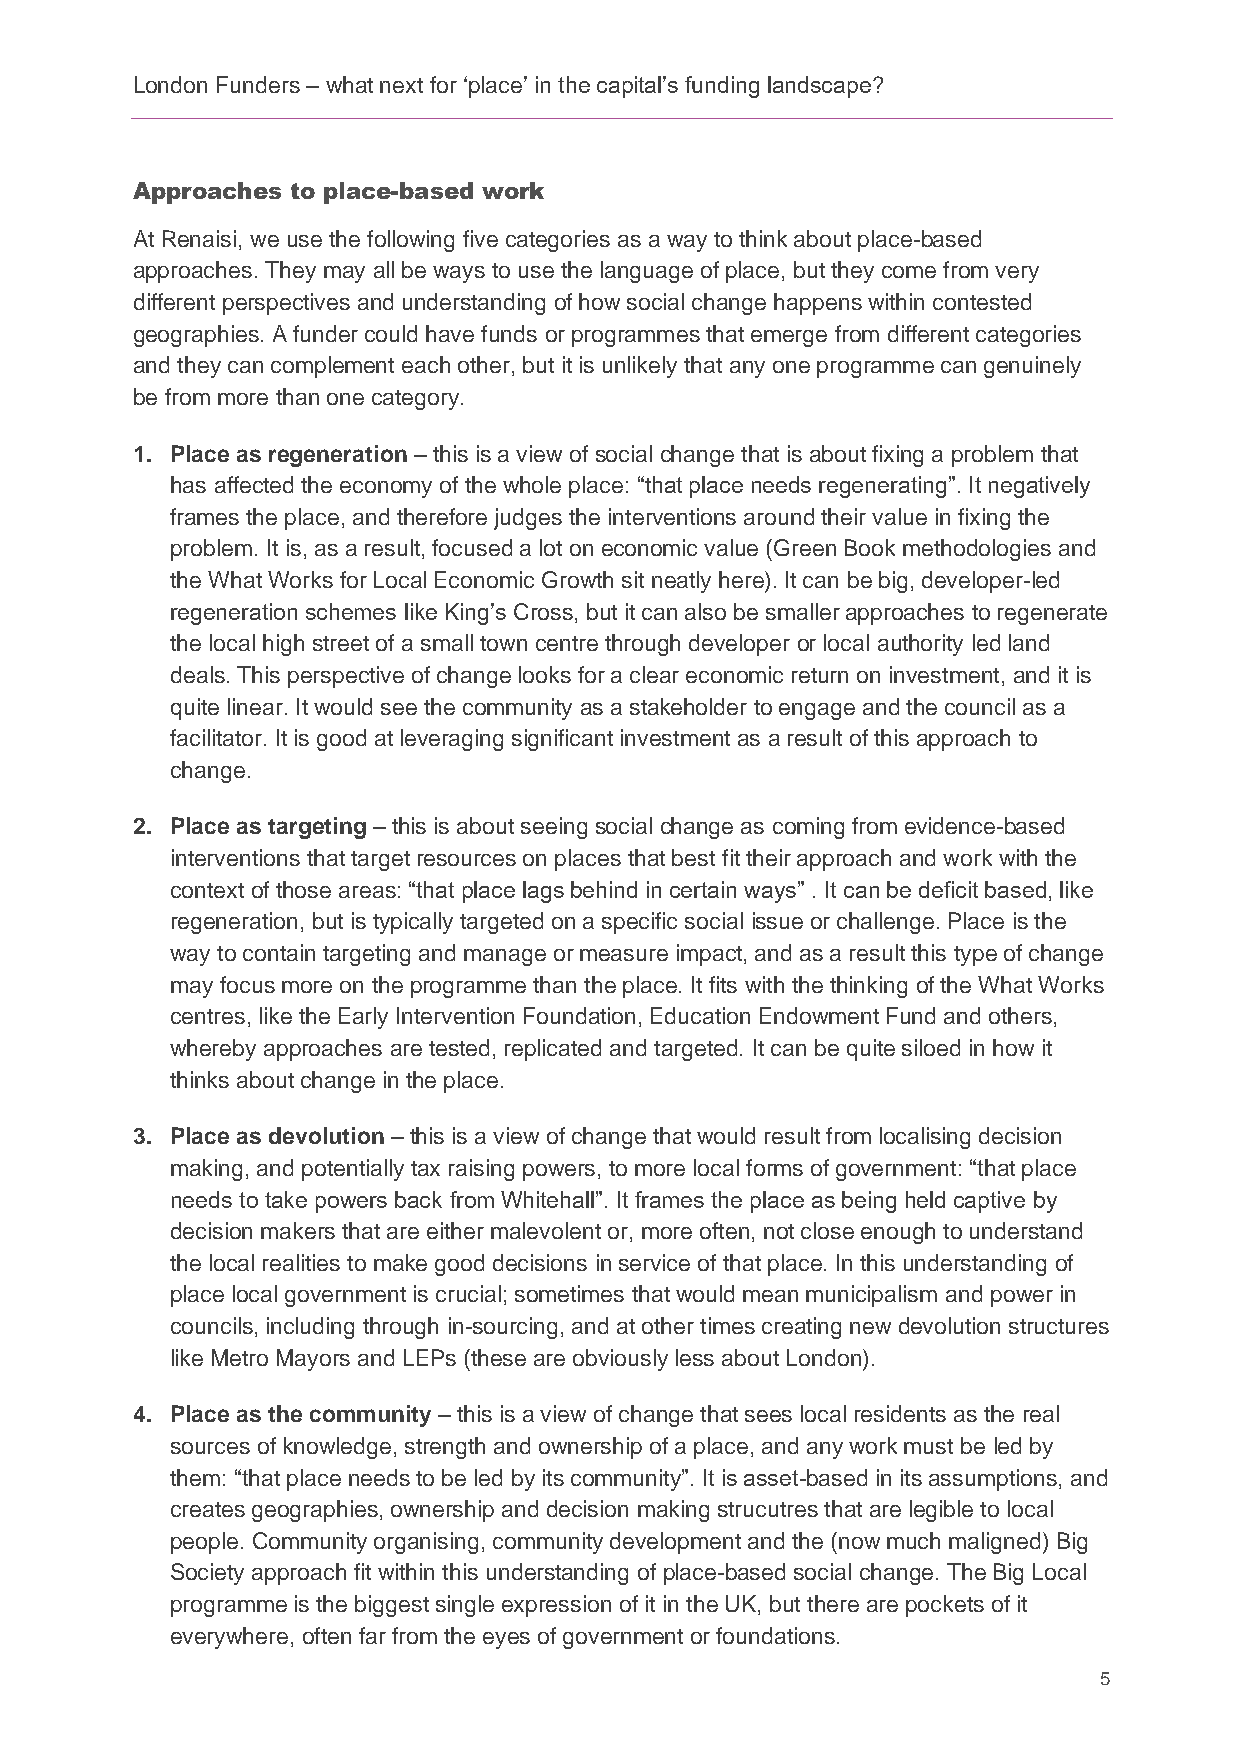
London Funders – what next for ‘place’ in the capital’s funding landscape?
 Approaches to place-based work
 At Renaisi, we use the following five categories as a way to think about place-based
 approaches. They may all be ways to use the language of place, but they come from very
 different perspectives and understanding of how social change happens within contested
 geographies. A funder could have funds or programmes that emerge from different categories
 and they can complement each other, but it is unlikely that any one programme can genuinely
 be from more than one category.
 1. Place as regeneration – this is a view of social change that is about fixing a problem that
 has affected the economy of the whole place: “that place needs regenerating”. It negatively
 frames the place, and therefore judges the interventions around their value in fixing the
 problem. It is, as a result, focused a lot on economic value (Green Book methodologies and
 the What Works for Local Economic Growth sit neatly here). It can be big, developer-led
 regeneration schemes like King’s Cross, but it can also be smaller approaches to regenerate
 the local high street of a small town centre through developer or local authority led land
 deals. This perspective of change looks for a clear economic return on investment, and it is
 quite linear. It would see the community as a stakeholder to engage and the council as a
 facilitator. It is good at leveraging significant investment as a result of this approach to
 change.
 2. Place as targeting – this is about seeing social change as coming from evidence-based
 interventions that target resources on places that best fit their approach and work with the
 context of those areas: “that place lags behind in certain ways” . It can be deficit based, like
 regeneration, but is typically targeted on a specific social issue or challenge. Place is the
 way to contain targeting and manage or measure impact, and as a result this type of change
 may focus more on the programme than the place. It fits with the thinking of the What Works
 centres, like the Early Intervention Foundation, Education Endowment Fund and others,
 whereby approaches are tested, replicated and targeted. It can be quite siloed in how it
 thinks about change in the place.
 3. Place as devolution – this is a view of change that would result from localising decision
 making, and potentially tax raising powers, to more local forms of government: “that place
 needs to take powers back from Whitehall”. It frames the place as being held captive by
 decision makers that are either malevolent or, more often, not close enough to understand
 the local realities to make good decisions in service of that place. In this understanding of
 place local government is crucial; sometimes that would mean municipalism and power in
 councils, including through in-sourcing, and at other times creating new devolution structures
 like Metro Mayors and LEPs (these are obviously less about London).
 4. Place as the community – this is a view of change that sees local residents as the real
 sources of knowledge, strength and ownership of a place, and any work must be led by
 them: “that place needs to be led by its community”. It is asset-based in its assumptions, and
 creates geographies, ownership and decision making strucutres that are legible to local
 people. Community organising, community development and the (now much maligned) Big
 Society approach fit within this understanding of place-based social change. The Big Local
 programme is the biggest single expression of it in the UK, but there are pockets of it
 everywhere, often far from the eyes of government or foundations.
 5